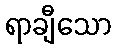
ရာချီသော